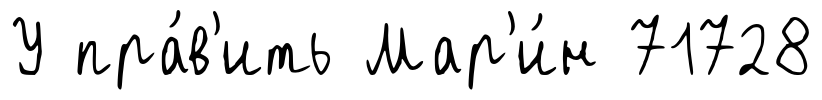
У пра́в'ить Мар'и́н 71728